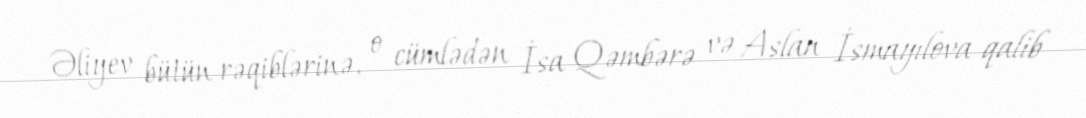
Əliyev bütün rəqiblərinə, o cümlədən İsa Qəmbərə və Aslan İsmayılova qalib